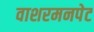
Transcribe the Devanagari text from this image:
वाशरमनपेट